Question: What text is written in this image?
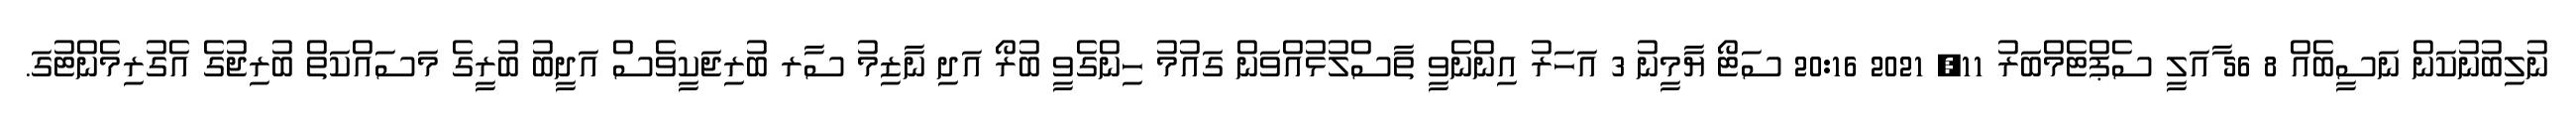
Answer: ނުލިބުނުކަން ނަސީބެއް 8 56 ާއަލީ ސެޕްޓެމްބަރު 11, 2021 20:16 ސަޓޯ ޔާމީނު 3 އަހަރު އިންނެވީ ތާސްލުޅުއްވަން ގައުމު ހިންގެވީ ބުރޯ އަދި ނާޒިމު ސާރ ބުރިޖަކީވެސް އަދީބު ބުރީގެ މަސައްކަތް ބުރިޖުގެ އެގުރިމެންޓުގަ.